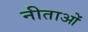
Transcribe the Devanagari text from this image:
नीताओं